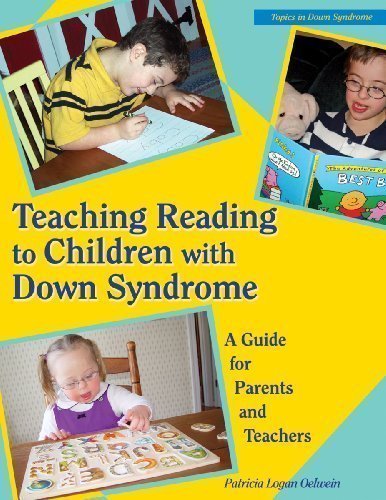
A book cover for Teaching Reading to Children with Down Syndrome: A Guide for Parents and Teachers (Topics in Down Syndrome) by Oelwein, Patricia Logan published by Woodbine House Inc.,U.S. (1995); Health, Fitness & Dieting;